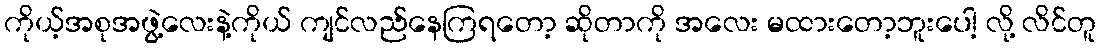
ကိုယ့်အစုအဖွဲ့လေးနဲ့ကိုယ် ကျင်လည်နေကြရတော့ ဆိုတာကို အလေး မထားတော့ဘူးပေါ့ လို့ လိင်တူ